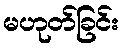
မဟုတ်ခြင်း